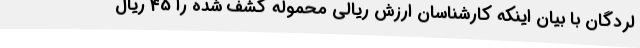
لردگان با بیان اینکه کارشناسان ارزش ریالی محموله کشف شده را 45 ریال